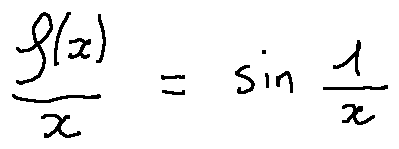
\frac { f ( x ) } { x } = \sin \frac { 1 } { x }